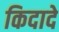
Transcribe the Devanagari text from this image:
किदादे